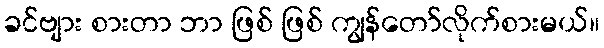
ခင်ဗျား စားတာ ဘာ ဖြစ် ဖြစ် ကျွန်တော်လိုက်စားမယ်။